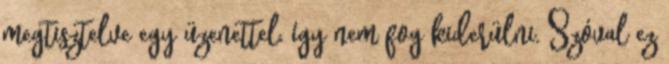
megtisztelve egy üzenettel, így nem fog kiderülni. Szóval ez